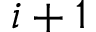
i + 1